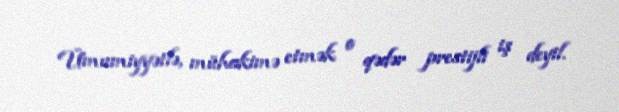
Ümumiyyətlə, mühakimə etmək o qədər prestijli iş deyil.